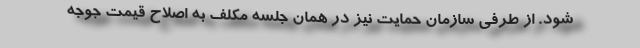
شود. از طرفی سازمان حمایت نیز در همان جلسه مکلف به اصلاح قیمت جوجه